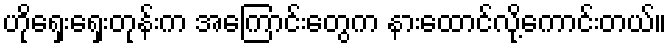
ဟိုရှေးရှေးတုန်းက အကြောင်းတွေက နားထောင်လို့ကောင်းတယ်။